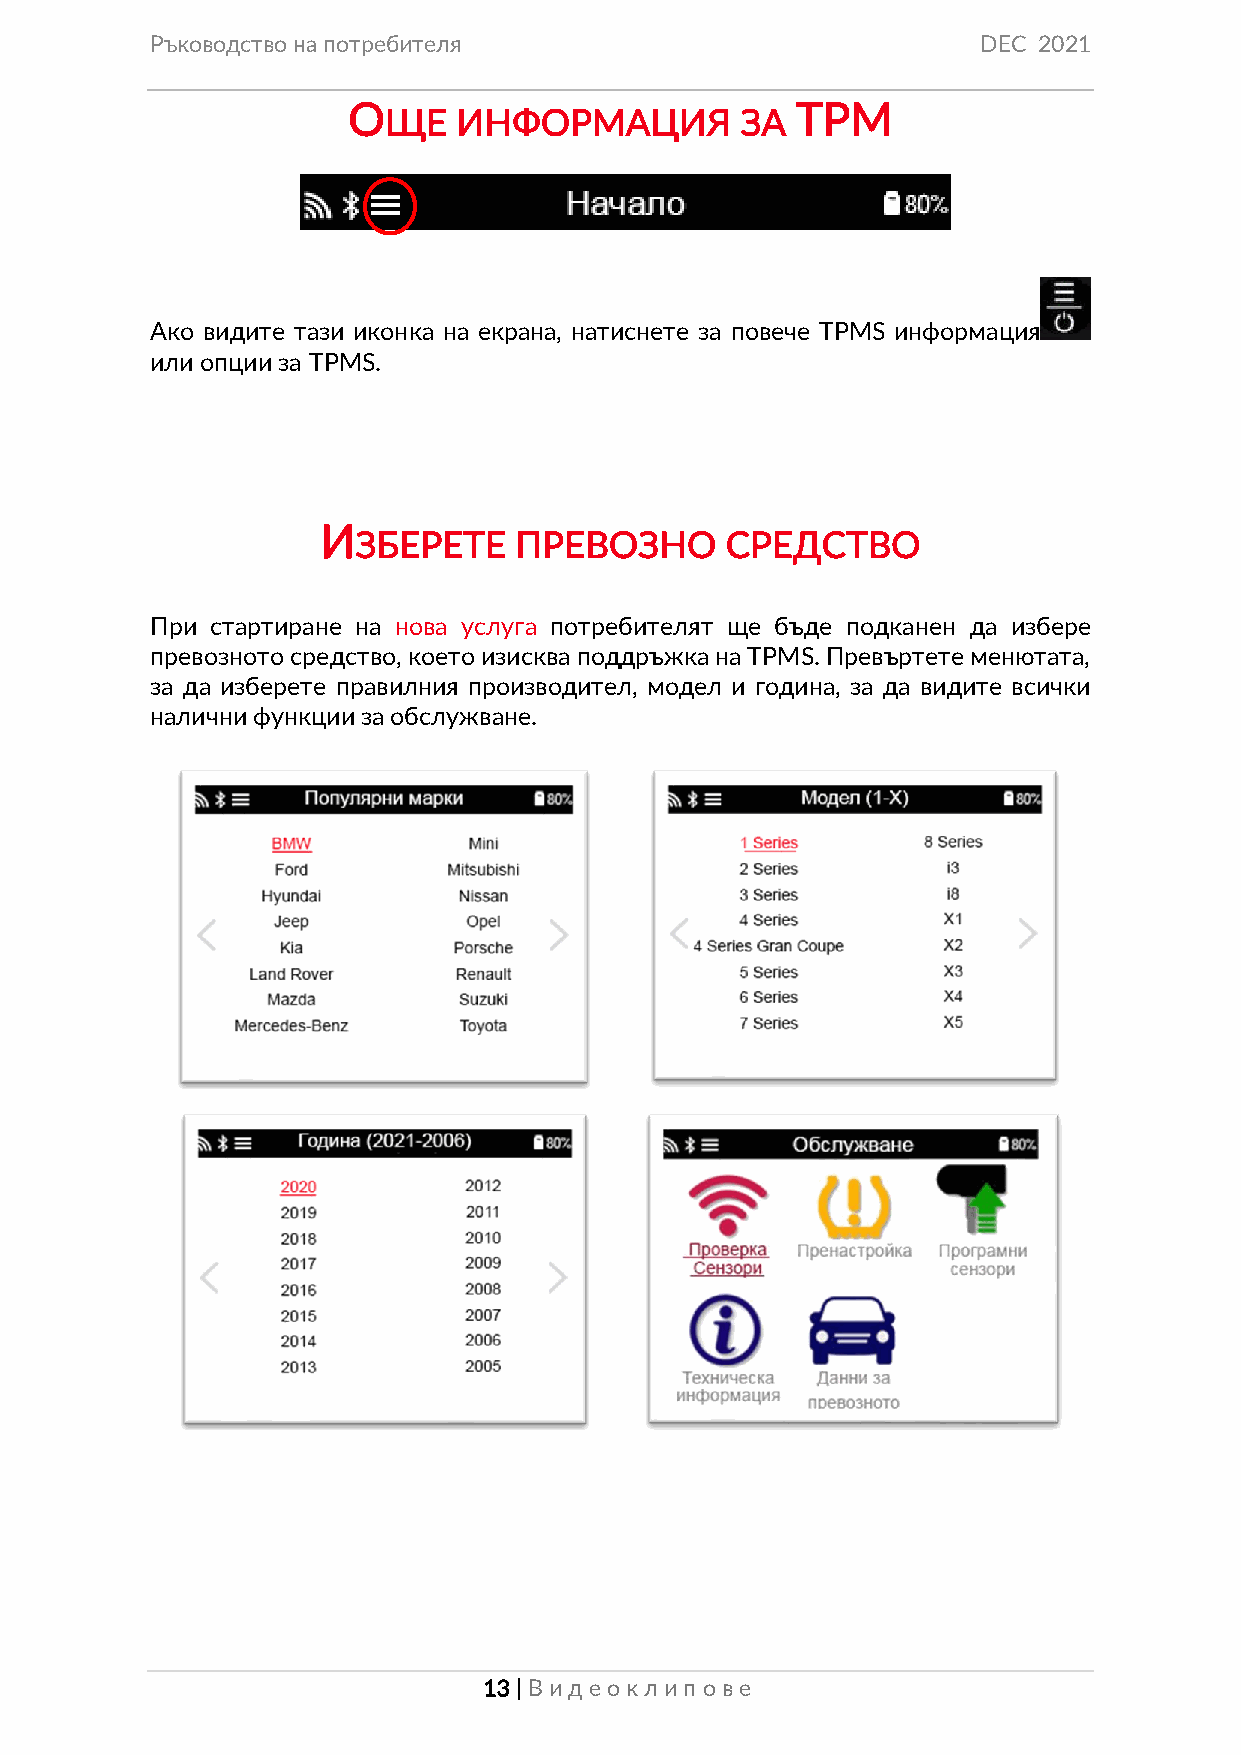
Ръководство на потребителя                             DEC 2021
 О                             ТРМ
 ЩЕ   ИНФОРМАЦИЯ         ЗА
 Ако видите тази иконка на екрана, натиснете за повече TPMS информация
 или опции за TPMS.
 И
 ЗБЕРЕТЕ   ПРЕВОЗНО      СРЕДСТВО
 При стартиране на нова услуга потребителят ще бъде подканен да избере
 превозното средство, което изисква поддръжка на TPMS. Превъртете менютата,
 за да изберете правилния производител, модел и година, за да видите всички
 налични функции за обслужване.
 13 | Вид еок лип ове